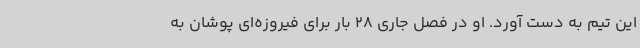
این تیم به دست آورد. او در فصل جاری 28 بار برای فیروزه‌ای پوشان به